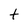
Character: t